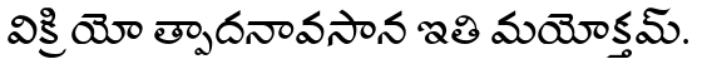
విక్రి యో త్పాదనావసాన ఇతి మయోక్తమ్.